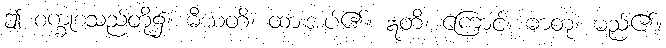
ဤ စက္ခုစသည်တို့၌။ ဓီယတိ၊ ထားအပ်၏။ ဣတိ၊ ကြောင့်။ ဓာတု၊ မည်၏။